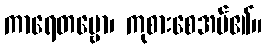
ကာရေတဗ္ဗော၊ ကုစားစေအပ်၏။